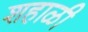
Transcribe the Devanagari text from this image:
शहाळी